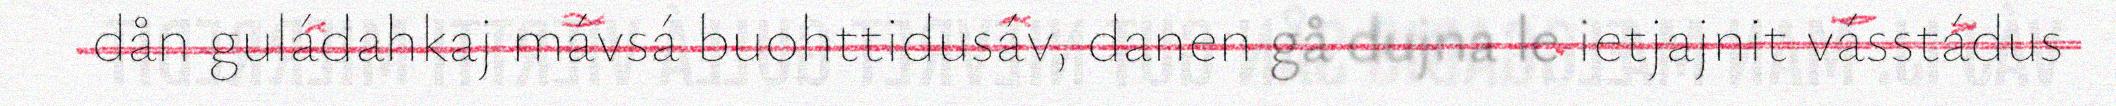
dån guládahkaj mávsá buohttidusáv, danen gå dujna le ietjajnit vásstádus